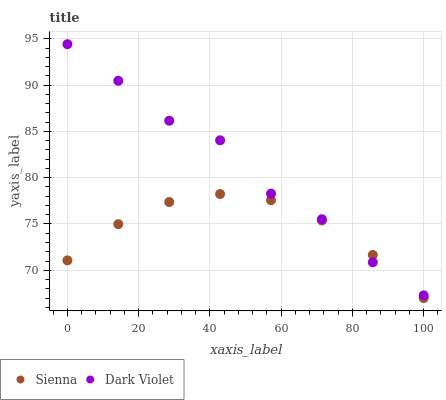
| xaxis_label | Sienna | Dark Violet |
 | --- | --- | --- |
 | 0 | 71.1 | 94.4 |
 | 14.3 | 75 | 90.5 |
 | 28.6 | 77.4 | 86.2 |
 | 42.9 | 78.2 | 84 |
 | 57.1 | 77.6 | 78.3 |
 | 71.4 | 75.4 | 75.5 |
 | 85.7 | 71.7 | 70.9 |
 | 100 | 67 | 67.3 |